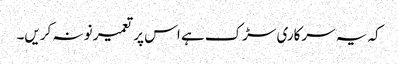
کہ یہ سرکاری سڑک ہے اس پر تعمیر نو نہ کریں۔